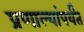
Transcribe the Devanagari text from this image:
प्रणाल्यांपर्यंत